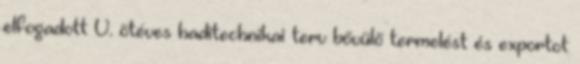
elfogadott V. ötéves haditechnikai terv bővülő termelést és exportot